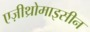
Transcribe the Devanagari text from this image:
एज़ीथ्रोमाइसीन